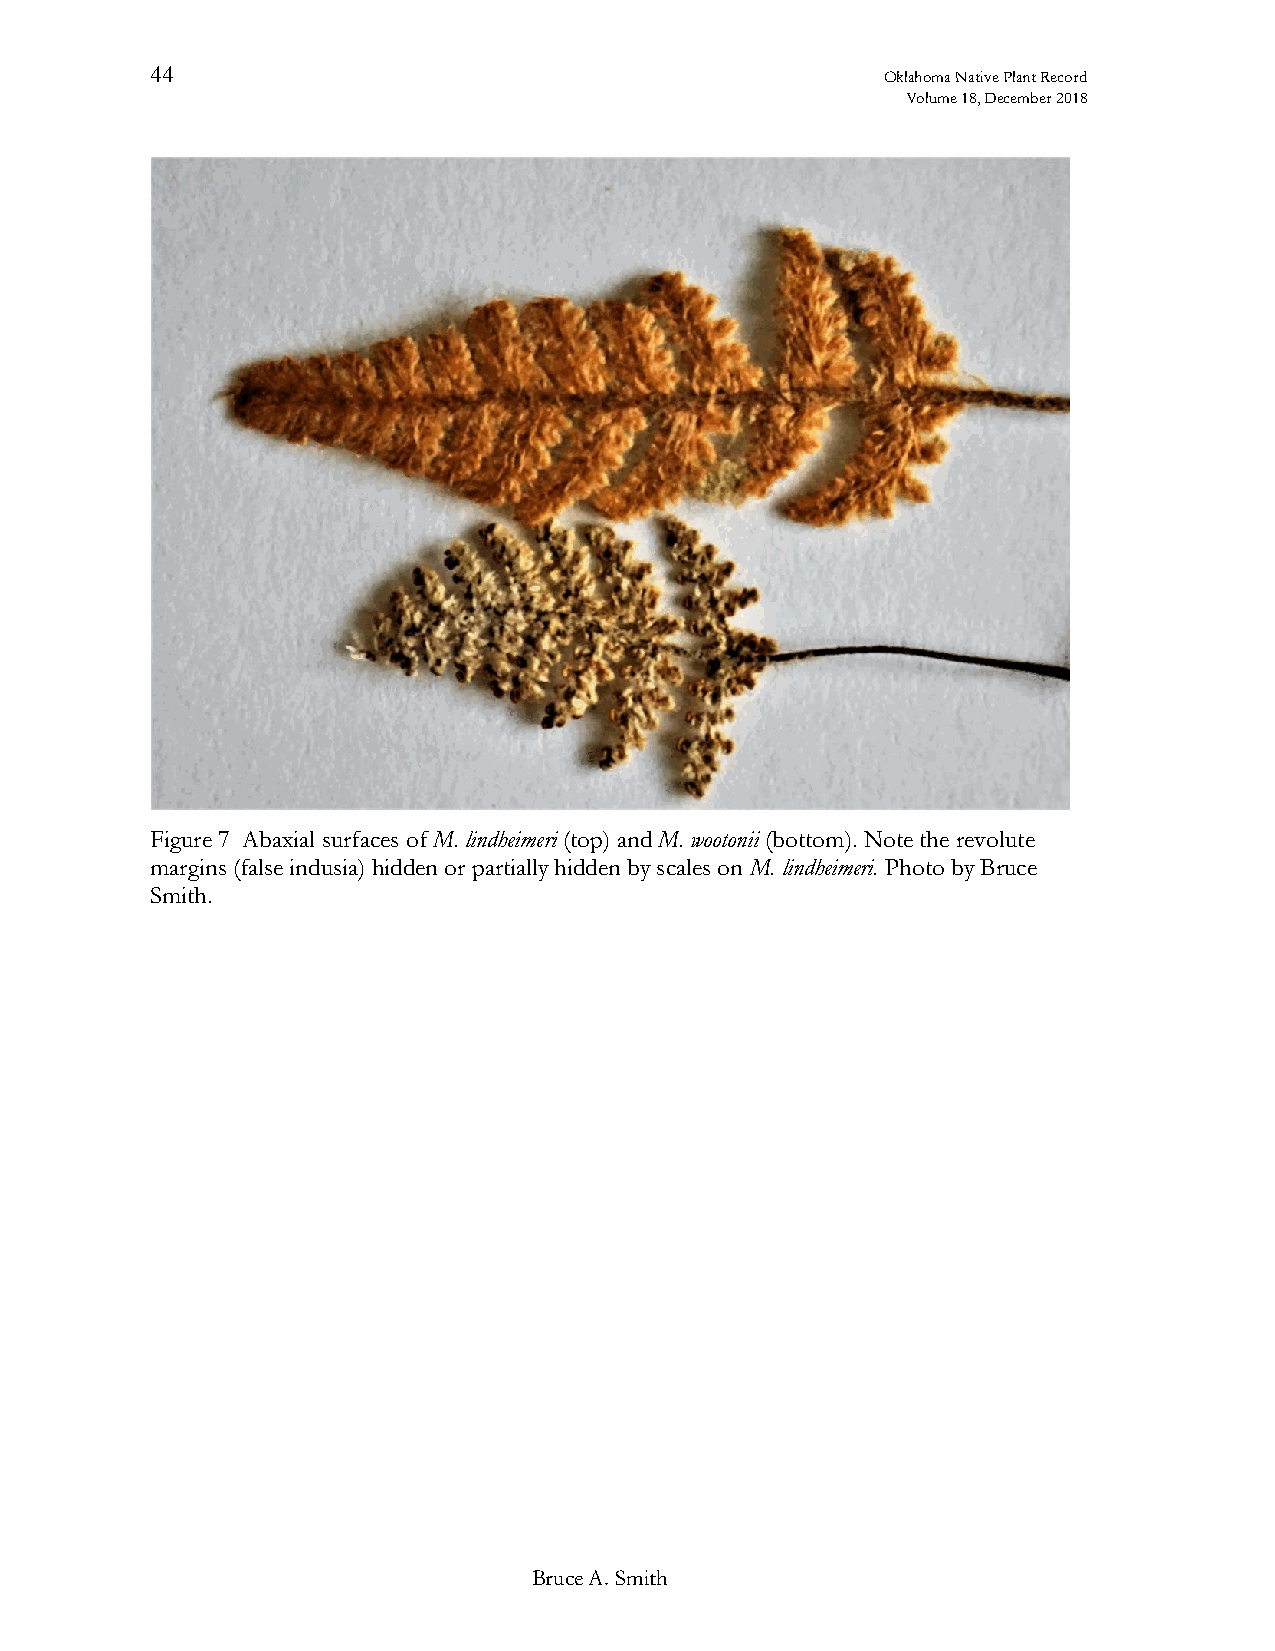
44                                               Oklahoma Native Plant Record
 Volume 18, December 2018
 Figure 7 Abaxial surfaces of M. lindheimeri (top) and M. wootonii (bottom). Note the revolute
 margins (false indusia) hidden or partially hidden by scales on M. lindheimeri. Photo by Bruce
 Smith.
 Bruce A. Smith